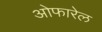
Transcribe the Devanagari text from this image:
ओफारेल